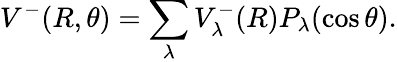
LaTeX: V^{-}(R,\theta)=\sum_{\lambda}V_{\lambda}^{-}(R)P_{\lambda}(\cos\theta).